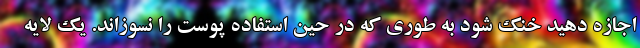
اجازه دهید خنک شود به طوری که در حین استفاده پوست را نسوزاند. یک لایه